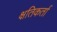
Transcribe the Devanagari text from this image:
क्षतिकर्ता